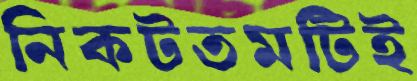
নিকটতমটিই